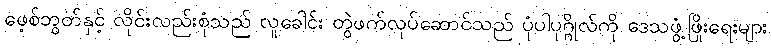
ဖေ့စ်ဘွတ်နှင့် လိုင်းလည်းစုံသည် လူခေါင်း တွဲဖက်လုပ်ဆောင်သည် ပုံပါပုဂ္ဂိုလ်ကို ဒေသဖွံ့ဖြိုးရေးများ